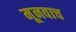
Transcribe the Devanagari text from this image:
मूनवाच